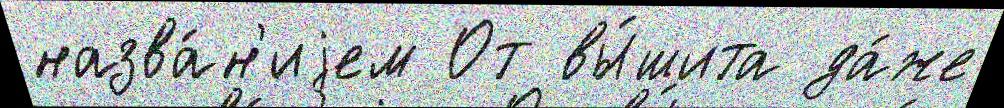
назва́н'иjем От вы́шита да́же